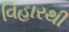
વિહારથી